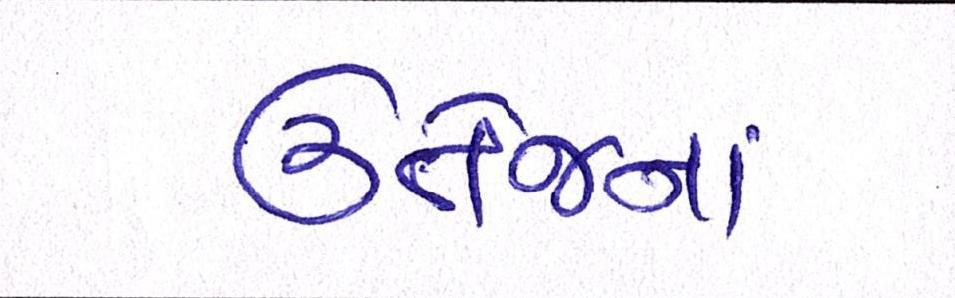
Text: ઉત્તેજના